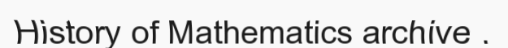
History of Mathematics archive .